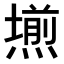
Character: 𭶊